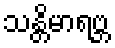
သန္တိမာရဗ္ဘ